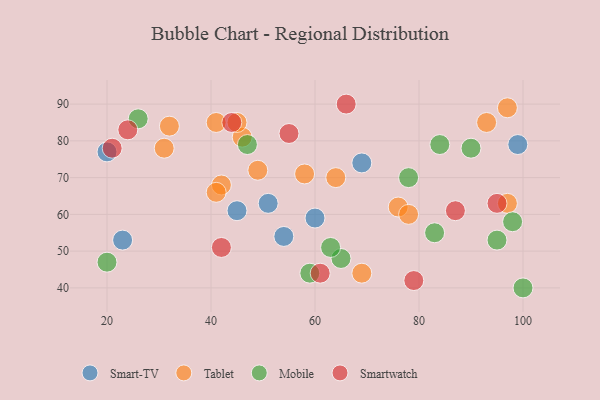
{"axis": {"x": "GDP", "y": "Life Expectancy"}, "legend": ["Mobile", "Smart-TV", "Smartwatch", "Tablet"], "data": [{"x": "51", "y": 63, "type": "Smart-TV"}, {"x": "23", "y": 53, "type": "Smart-TV"}, {"x": "69", "y": 74, "type": "Smart-TV"}, {"x": "54", "y": 54, "type": "Smart-TV"}, {"x": "60", "y": 59, "type": "Smart-TV"}, {"x": "45", "y": 61, "type": "Smart-TV"}, {"x": "99", "y": 79, "type": "Smart-TV"}, {"x": "20", "y": 77, "type": "Smart-TV"}, {"x": "32", "y": 84, "type": "Tablet"}, {"x": "76", "y": 62, "type": "Tablet"}, {"x": "69", "y": 44, "type": "Tablet"}, {"x": "97", "y": 89, "type": "Tablet"}, {"x": "49", "y": 72, "type": "Tablet"}, {"x": "93", "y": 85, "type": "Tablet"}, {"x": "42", "y": 68, "type": "Tablet"}, {"x": "58", "y": 71, "type": "Tablet"}, {"x": "31", "y": 78, "type": "Tablet"}, {"x": "78", "y": 60, "type": "Tablet"}, {"x": "46", "y": 81, "type": "Tablet"}, {"x": "97", "y": 63, "type": "Tablet"}, {"x": "41", "y": 66, "type": "Tablet"}, {"x": "64", "y": 70, "type": "Tablet"}, {"x": "41", "y": 85, "type": "Tablet"}, {"x": "45", "y": 85, "type": "Tablet"}, {"x": "95", "y": 53, "type": "Mobile"}, {"x": "65", "y": 48, "type": "Mobile"}, {"x": "26", "y": 86, "type": "Mobile"}, {"x": "100", "y": 40, "type": "Mobile"}, {"x": "63", "y": 51, "type": "Mobile"}, {"x": "83", "y": 55, "type": "Mobile"}, {"x": "98", "y": 58, "type": "Mobile"}, {"x": "84", "y": 79, "type": "Mobile"}, {"x": "59", "y": 44, "type": "Mobile"}, {"x": "47", "y": 79, "type": "Mobile"}, {"x": "90", "y": 78, "type": "Mobile"}, {"x": "20", "y": 47, "type": "Mobile"}, {"x": "78", "y": 70, "type": "Mobile"}, {"x": "21", "y": 78, "type": "Smartwatch"}, {"x": "44", "y": 85, "type": "Smartwatch"}, {"x": "24", "y": 83, "type": "Smartwatch"}, {"x": "55", "y": 82, "type": "Smartwatch"}, {"x": "79", "y": 42, "type": "Smartwatch"}, {"x": "42", "y": 51, "type": "Smartwatch"}, {"x": "66", "y": 90, "type": "Smartwatch"}, {"x": "95", "y": 63, "type": "Smartwatch"}, {"x": "87", "y": 61, "type": "Smartwatch"}, {"x": "61", "y": 44, "type": "Smartwatch"}]}